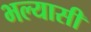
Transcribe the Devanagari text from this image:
भल्यासी